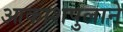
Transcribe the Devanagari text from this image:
आकाशपुलाने